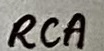
Text: RCA